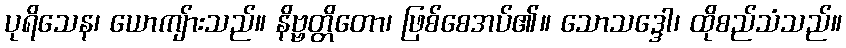
ပုရိသေန၊ ယောကျ်ားသည်။ နိဗ္ဗတ္တိတော၊ ဖြစ်စေအပ်၏။ သောသဒ္ဒေါ၊ ထိုစည်သံသည်။